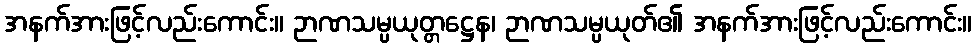
အနက်အားဖြင့်လည်းကောင်း။ ဉာဏသမ္ပယုတ္တဋ္ဌေန၊ ဉာဏသမ္ပယုတ်၏ အနက်အားဖြင့်လည်းကောင်း။